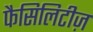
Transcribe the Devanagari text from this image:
फैसिलिटीज़